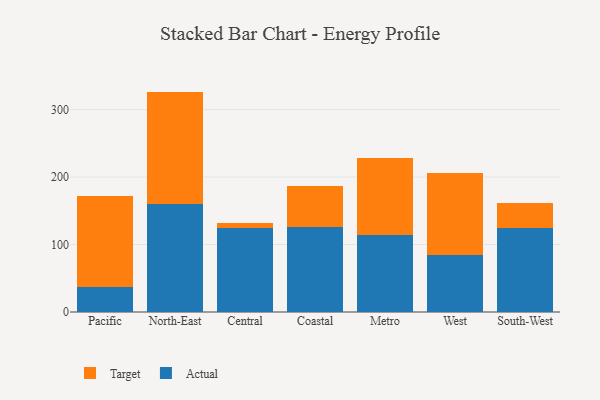
{"axis": {"x": "Region", "y": "Tickets Resolved"}, "legend": ["Actual", "Target"], "data": [{"x": "Pacific", "y": 37.2, "type": "Actual"}, {"x": "Pacific", "y": 134.4, "type": "Target"}, {"x": "North-East", "y": 159.4, "type": "Actual"}, {"x": "North-East", "y": 167.3, "type": "Target"}, {"x": "Central", "y": 124.1, "type": "Actual"}, {"x": "Central", "y": 7.2, "type": "Target"}, {"x": "Coastal", "y": 125.3, "type": "Actual"}, {"x": "Coastal", "y": 62.0, "type": "Target"}, {"x": "Metro", "y": 114.0, "type": "Actual"}, {"x": "Metro", "y": 114.2, "type": "Target"}, {"x": "West", "y": 84.7, "type": "Actual"}, {"x": "West", "y": 121.7, "type": "Target"}, {"x": "South-West", "y": 125.2, "type": "Actual"}, {"x": "South-West", "y": 36.7, "type": "Target"}]}